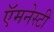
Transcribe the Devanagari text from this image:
ऍमनेस्टी